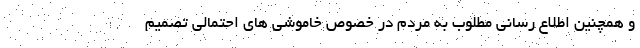
و همچنین اطلاع رسانی مطلوب به مردم در خصوص خاموشی های احتمالی تصمیم